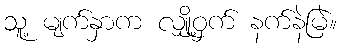
သူ့ မျက်နှာက လျှို့ဝှက် နက်နဲမြဲ။